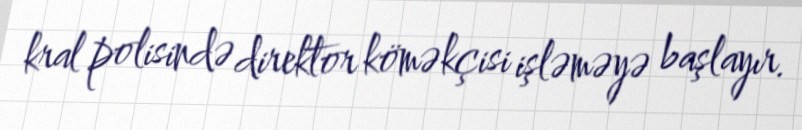
kral polisində direktor köməkçisi işləməyə başlayır.